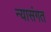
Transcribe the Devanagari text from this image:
न्यासंगत